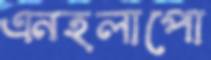
এনহলাপো